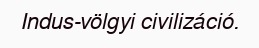
Indus-völgyi civilizáció.